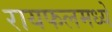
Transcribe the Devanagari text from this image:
रायफलमध्ये